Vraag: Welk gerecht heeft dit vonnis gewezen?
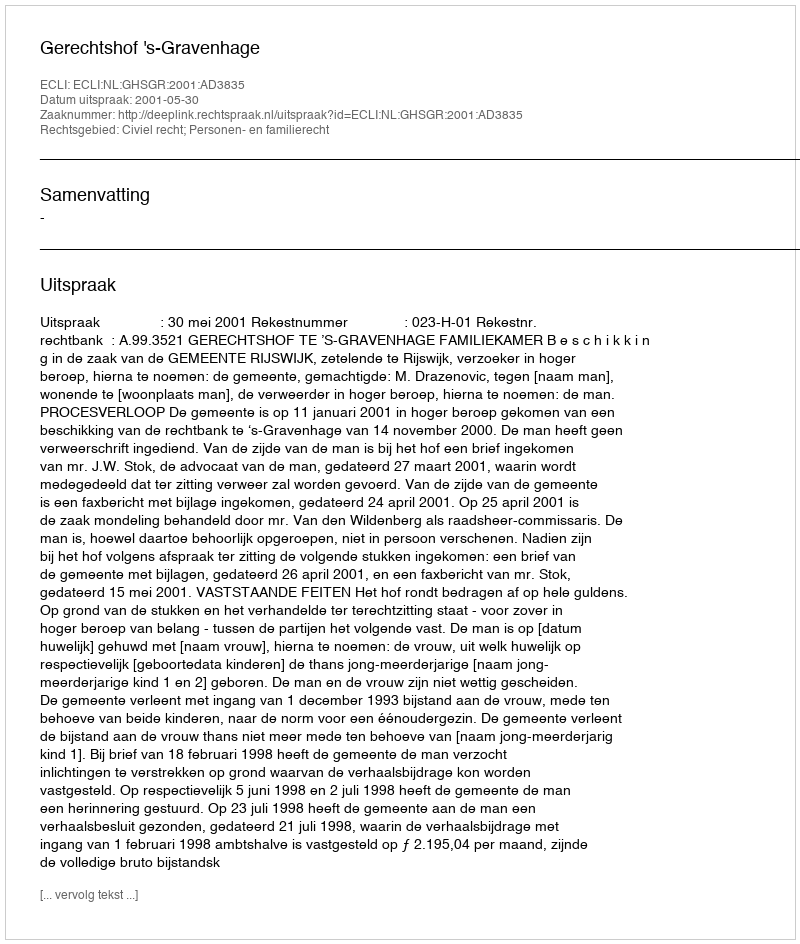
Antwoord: Gerechtshof 's-Gravenhage